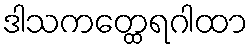
ဒါသကတ္ထေရဂါထာ